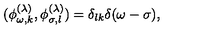
( \phi _ { \omega , k } ^ { ( \lambda ) } , \phi _ { \sigma , l } ^ { ( \lambda ) } ) = \delta _ { l k } \delta ( \omega - \sigma ) ,